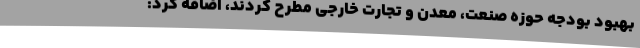
بهبود بودجه حوزه صنعت، معدن و تجارت خارجی مطرح کردند، اضافه کرد: